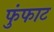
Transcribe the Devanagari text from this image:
फुंफाट